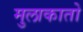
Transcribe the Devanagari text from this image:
मुलाकातो